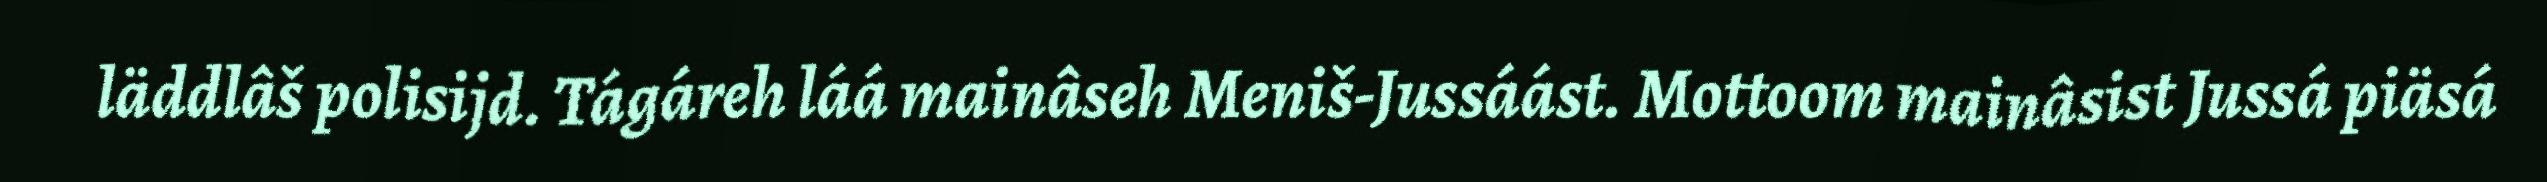
läddlâš polisijd. Tágáreh láá mainâseh Meniš-Jussáást. Mottoom mainâsist Jussá piäsá